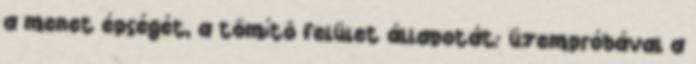
a menet épségét, a tömítõ felület állapotát; üzempróbával a